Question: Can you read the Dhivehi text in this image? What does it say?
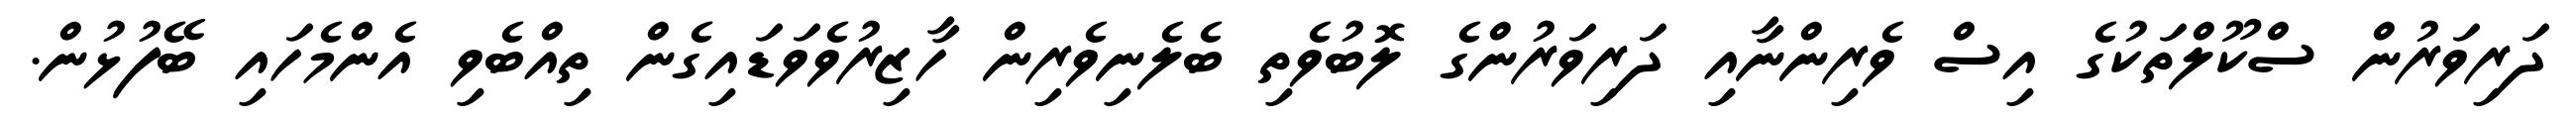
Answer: ދަރިވަރުން ސްކޫލްތަކުގެ އިސް ވެރިންނާއި ދަރިވަރުންގެ ލޮބުވެތި ބެލެނިވެރިން ހާޒިރުވެވަޑައިގެން ތިއްބެވި އެންމެހައި ބޭފުޅުން.